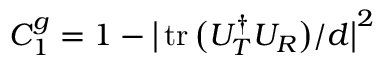
C _ { 1 } ^ { g } = 1 - \big | \operatorname { t r } \big ( U _ { T } ^ { \dagger } U _ { R } \big ) / d \big | ^ { 2 }